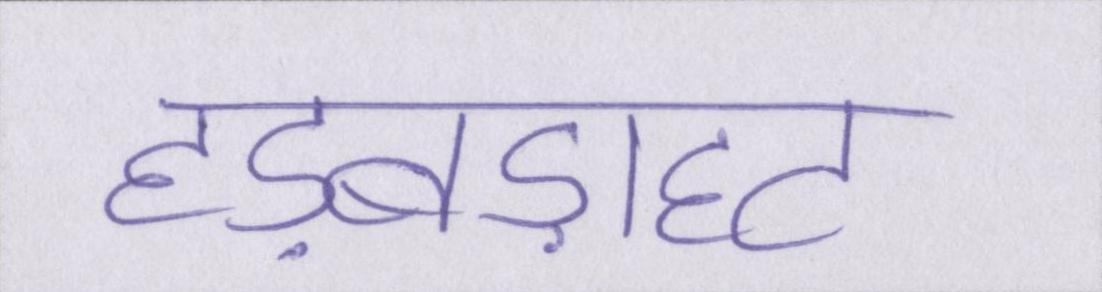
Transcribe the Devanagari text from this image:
हड़बड़ाहट